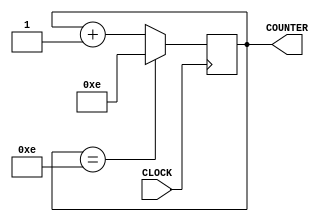
`timescale 1ns / 1ps
//////////////////////////////////////////////////////////////////////////////////
// Company: 
// Engineer: 
// 
// Design Name: 
// Module Name: soundCounter
// Project Name: 
// Target Devices: 
// Tool Versions: 
// Description: 
// 
// Dependencies: 
// 
// Revision:
// Revision 0.01 - File Created
// Additional Comments:
// 
//////////////////////////////////////////////////////////////////////////////////


module soundCounter(
    input CLOCK,
    output reg [5:0] COUNTER = 0
    );
    
    always @ (posedge CLOCK) begin
    
        COUNTER <= (COUNTER == 14)? 14 : COUNTER + 1;
    
    end
endmodule